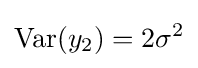
\operatorname {Var} (y_{2})=2\sigma ^{2}